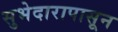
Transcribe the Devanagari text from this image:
सुभेदारापासून